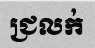
ជ្រលក់